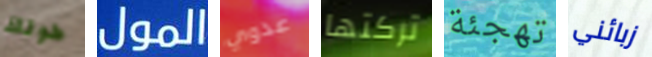
طولك المول عدوي تركتها تهجئة زبائني